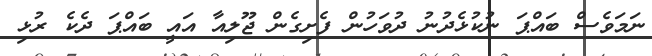
ނަމަވެސް ބައްޕަ ނުކުޅެދުނު ދުވަހުން ފެށިގެން ޖޫލިއާ އައީ ބައްޕަ ދެކެ ރުޅި